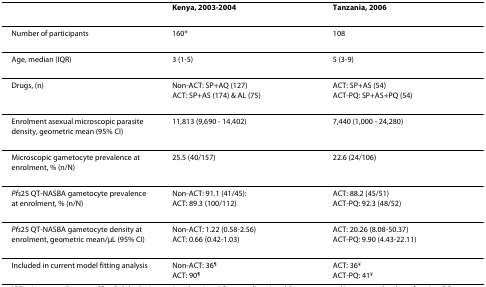
<table><thead><tr><td></td><td><b>Kenya, 2003-2004</b></td><td><b>Tanzania, 2006</b></td></tr></thead><tbody><tr><td>Number of participants</td><td>160*</td><td>108</td></tr><tr><td>Age, median (IQR)</td><td>3 (1-5)</td><td>5 (3-9)</td></tr><tr><td>Drugs, (n)</td><td>Non-ACT: SP+AQ (127)ACT: SP+AS (174) &amp; AL (75)</td><td>ACT: SP+AS (54)ACT-PQ: SP+AS+PQ (54)</td></tr><tr><td>Enrolment asexual microscopic parasite density, geometric mean (95% CI)</td><td>11,813 (9,690 - 14,402)</td><td>7,440 (1,000 - 24,280)</td></tr><tr><td>Microscopic gametocyte prevalence at enrolment, % (n/N)</td><td>25.5 (40/157)</td><td>22.6 (24/106)</td></tr><tr><td><i>Pfs</i>25 QT-NASBA gametocyte prevalence at enrolment, % (n/N)</td><td>Non-ACT: 91.1 (41/45):ACT: 89.3 (100/112)</td><td>ACT: 88.2 (45/51)ACT-PQ: 92.3 (48/52)</td></tr><tr><td><i>Pfs</i>25 QT-NASBA gametocyte density at enrolment, geometric mean/μL (95% CI)</td><td>Non-ACT: 1.22 (0.58-2.56)ACT: 0.66 (0.42-1.03)</td><td>ACT: 20.26 (8.08-50.37)ACT-PQ: 9.90 (4.43-22.11)</td></tr><tr><td>Included in current model fitting analysis</td><td>Non-ACT: 36<sup>¶</sup>ACT: 90<sup>¶</sup></td><td>ACT: 36<sup>¥</sup>ACT-PQ: 41<sup>¥</sup></td></tr></tbody></table>